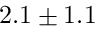
2 . 1 \pm 1 . 1